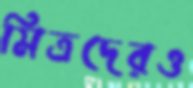
মিত্রদেরও